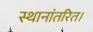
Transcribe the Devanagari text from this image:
स्थानांतरित।